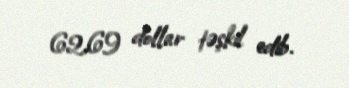
62,69 dollar təşkil edib.